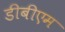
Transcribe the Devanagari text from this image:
डीबीएम